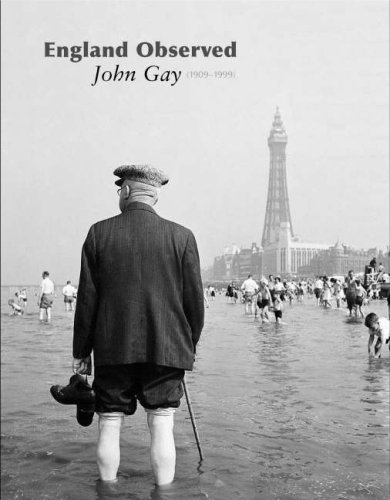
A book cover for England Observed: John Gay (1909-1999); Andrew Sargent; Gay & Lesbian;